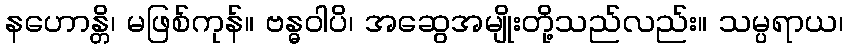
နဟောန္တိ၊ မဖြစ်ကုန်။ ဗန္ဓဝါပိ၊ အဆွေအမျိုးတို့သည်လည်း။ သမ္ပရာယ၊